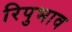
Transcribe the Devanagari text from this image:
रिपुभाव